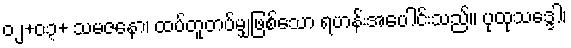
၀၂+၀၃+ သမဇနော၊ ထပ်တူတပ်မျှဖြစ်သော ရဟန်းအပေါင်းသည်။ ပုထုသဒ္ဒေါ၊